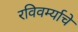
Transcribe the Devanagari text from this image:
रविवर्म्याचे